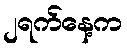
၂ရက်နေ့က